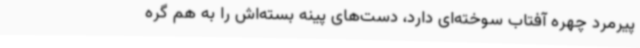
پیرمرد چهره آفتاب سوخته‌ای دارد، دست‌های پینه بسته‌اش را به هم گره